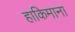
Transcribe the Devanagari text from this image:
हाकिमाना